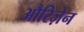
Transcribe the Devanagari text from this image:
औरिज़ेन